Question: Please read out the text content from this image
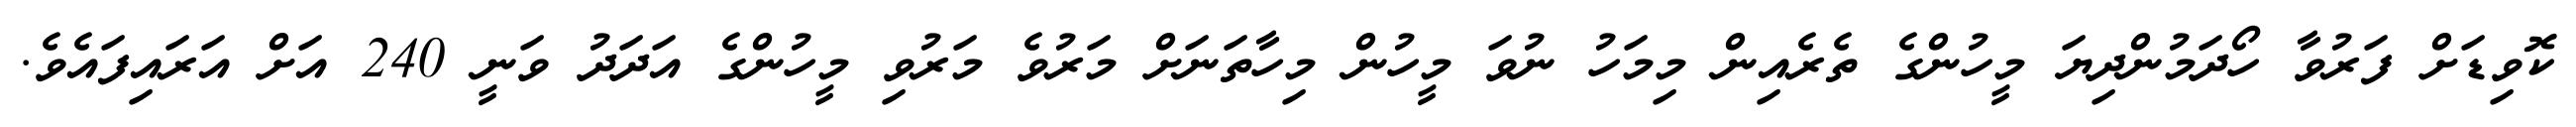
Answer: ކޮވިޑަށް ފަރުވާ ހޯދަމުންދިޔަ މީހުންގެ ތެރެއިން މިމަހު ނުވަ މީހުން މިހާތަނަށް މަރުވެ މަރުވި މީހުންގެ އަދަދު ވަނީ 240 އަށް އަރައިފައެވެ.